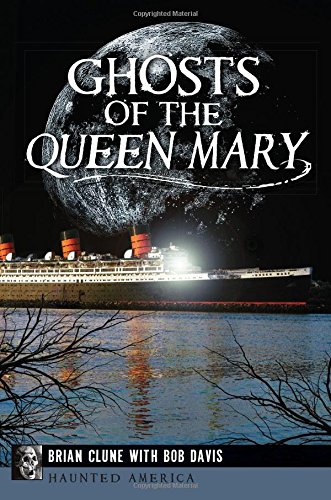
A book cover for Ghosts of the Queen Mary (Haunted America); Brian Clune; Religion & Spirituality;